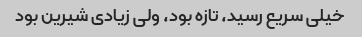
خیلی سریع رسید، تازه بود، ولی زیادی شیرین بود